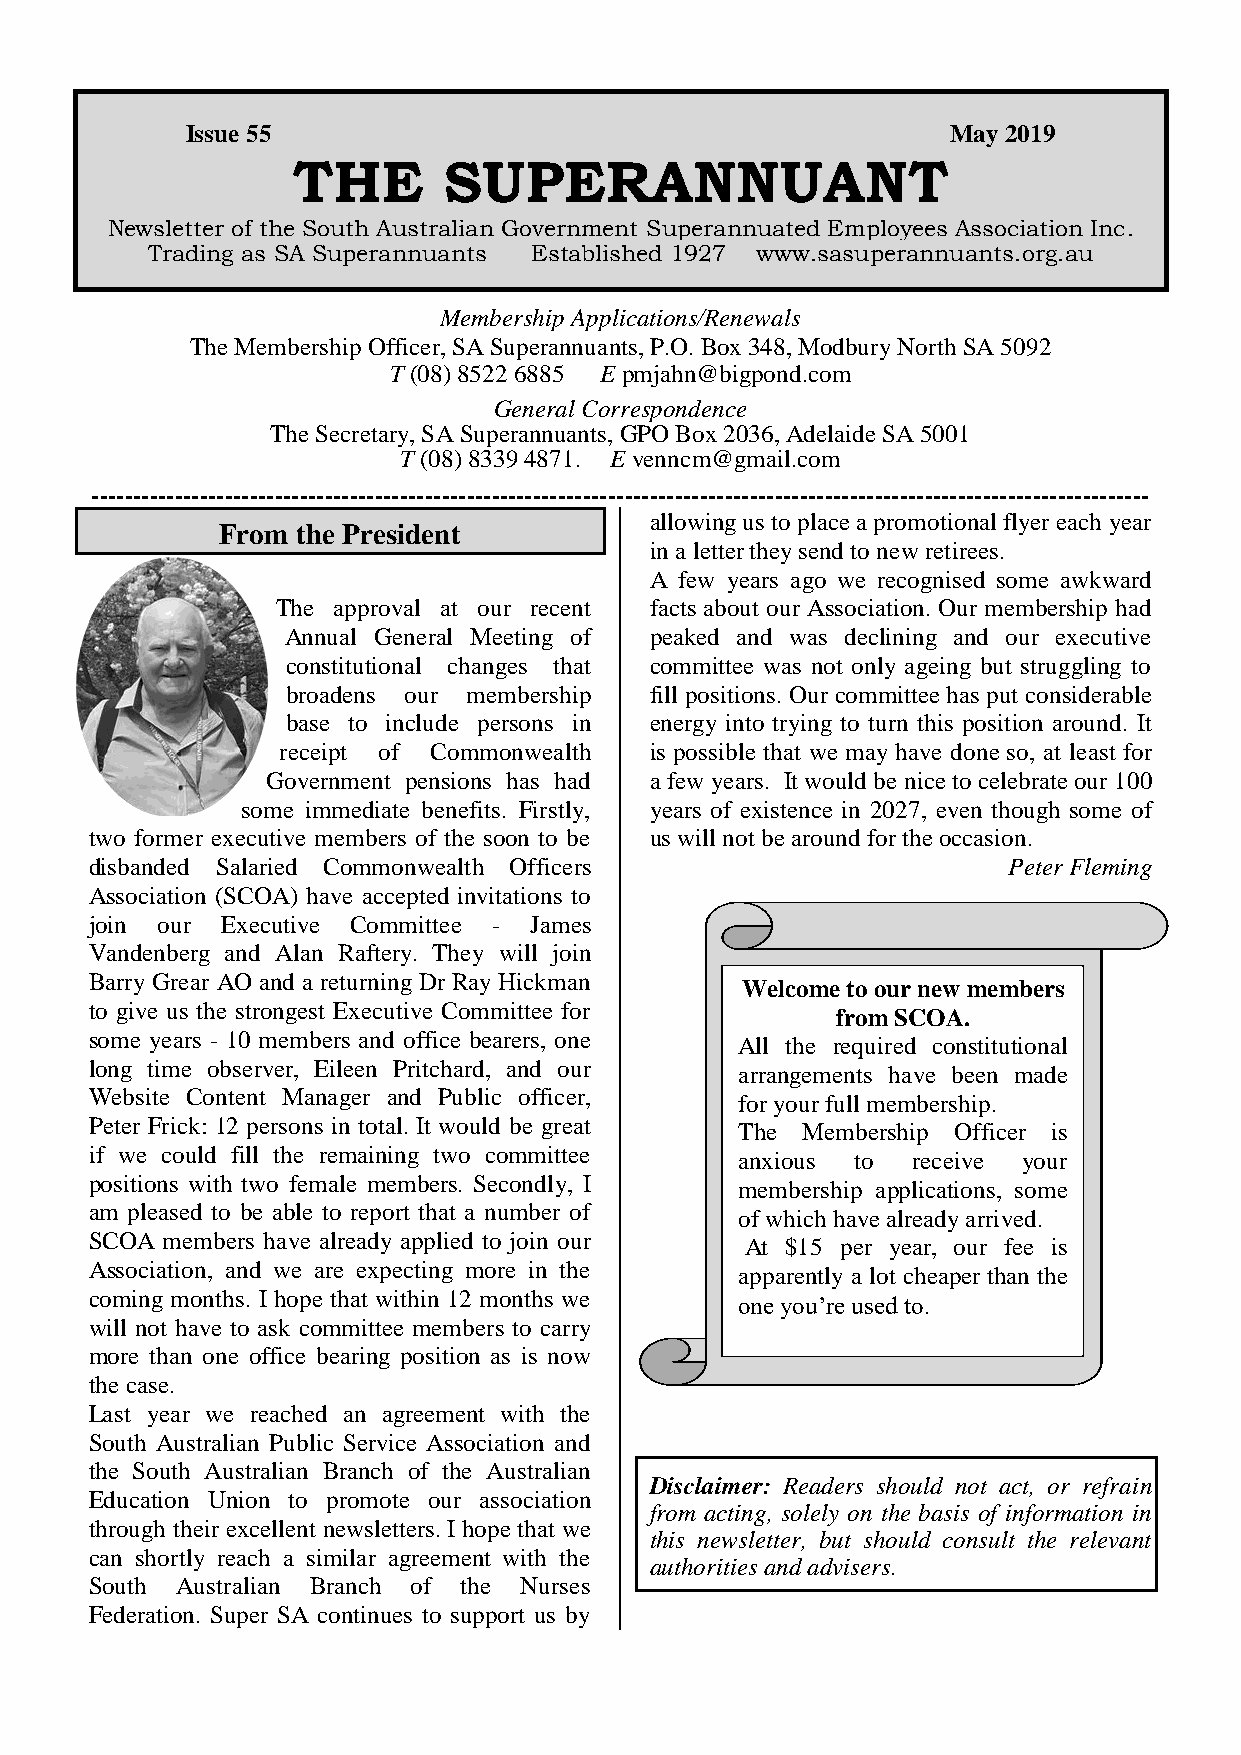
Issue 55                                           May 2019
 THE       SUPERANNUANT
 Newsletter of the South Australian Government Superannuated Employees Association Inc.
 Trading as SA Superannuants Established 1927 www.sasuperannuants.org.au
 Membership Applications/Renewals
 The Membership Officer, SA Superannuants, P.O. Box 348, Modbury North SA 5092
 T (08) 8522 6885 E pmjahn@bigpond.com
 General Correspondence
 The Secretary, SA Superannuants, GPO Box 2036, Adelaide SA 5001
 T (08) 8339 4871. E venncm@gmail.com
 -------------------------------------------------------------------------------------------------------------------------------
 allowing us to place a promotional flyer each year
 From the President
 in a letter they send to new retirees.
 A few years ago we recognised some awkward
 The approval at our recent facts about our Association. Our membership had
 Annual General Meeting of peaked and was declining and our executive
 constitutional changes that committee was not only ageing but struggling to
 broadens our membership fill positions. Our committee has put considerable
 base to include persons in energy into trying to turn this position around. It
 receipt of Commonwealth  is possible that we may have done so, at least for
 Government pensions has had a few years. It would be nice to celebrate our 100
 some immediate benefits. Firstly, years of existence in 2027, even though some of
 two former executive members of the soon to be us will not be around for the occasion.
 disbanded Salaried Commonwealth Officers                     Peter Fleming
 Association (SCOA) have accepted invitations to
 join our Executive Committee - James
 Vandenberg and Alan Raftery. They will join
 Barry Grear AO and a returning Dr Ray Hickman
 Welcome to our new members
 to give us the strongest Executive Committee for
 from SCOA.
 some years - 10 members and office bearers, one
 All the required constitutional
 long time observer, Eileen Pritchard, and our arrangements have been made
 Website Content Manager and Public officer, for your full membership.
 Peter Frick: 12 persons in total. It would be great The Membership Officer is
 if we could fill the remaining two committee anxious to receive your
 positions with two female members. Secondly, I membership applications, some
 am pleased to be able to report that a number of
 of which have already arrived.
 SCOA members have already applied to join our At $15 per year, our fee is
 Association, and we are expecting more in the
 apparently a lot cheaper than the
 coming months. I hope that within 12 months we
 one you’re used to.
 will not have to ask committee members to carry
 more than one office bearing position as is now
 the case.
 Last year we reached an agreement with the
 South Australian Public Service Association and
 the South Australian Branch of the Australian
 Disclaimer: Readers should not act, or refrain
 Education Union to promote our association
 from acting, solely on the basis of information in
 through their excellent newsletters. I hope that we
 this newsletter, but should consult the relevant
 can shortly reach a similar agreement with the
 authorities and advisers.
 South Australian Branch of the Nurses
 Federation. Super SA continues to support us by